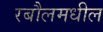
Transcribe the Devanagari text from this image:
रबौलमधील